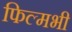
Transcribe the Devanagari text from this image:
फिल्मभी